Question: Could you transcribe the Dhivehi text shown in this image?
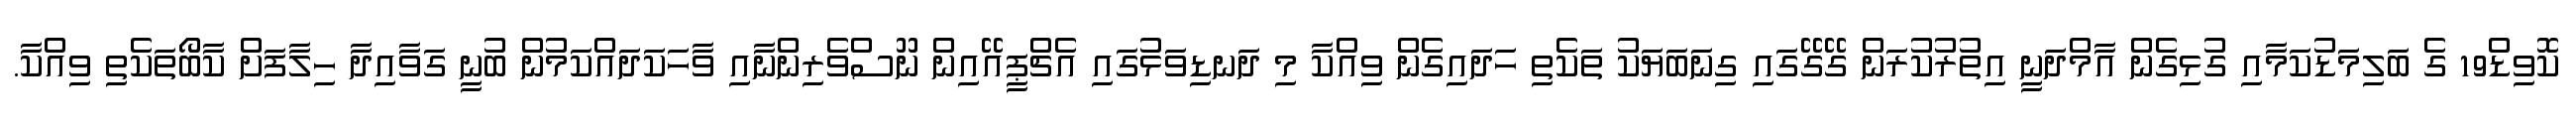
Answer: ކޮވިޑް19 ގެ ބަލިމަޑުކަމާއި ގުޅިގެން އާމްދަނީ އިތުރުކުރަން ގޭގޭގައި ގިނަބަޔަކު ތަކެތި ހަދައިގެން ވިއްކާ މި ދަނޑިވަޅުގައި އެޗްޕީއޭއިން ނޫސްވެރިންނާއި ވާހަކަދައްކަމުން ބުނީ ގަވާއިދާ ހިލާފަށް ކާބޯތަކެތި ވިއްކާ.